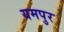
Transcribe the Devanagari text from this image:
यमपुर